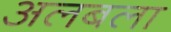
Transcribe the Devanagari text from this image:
अलबला